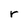
Character: r